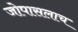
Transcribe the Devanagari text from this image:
जोपासलाच